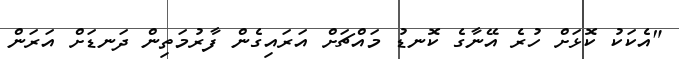
"އެކަކު ކޮޅަށް ހުރެ އޭނާގެ ކޮނޑު މައްޗަށް އަރައިގެން ފާރުމަތިން ދަނޑަށް އަރަން